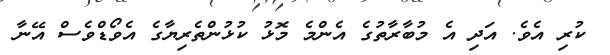
ކުރި އެވެ. އަދި އެ މުބާރާތުގެ އެންމެ މޮޅު ކުޅުންތެރިޔާގެ އެވޯޑްވެސް އޭނާ